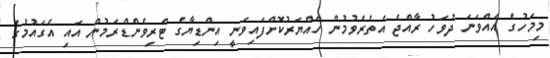
މިމަހުގެ އެއްވަނަ ދުވަހު ރާއްޖެ އެތެރެވުމުން ހައްޔަރުކޮށްފައިވަނީ އިންޑިޔާގެ ޓްރިވެންޑްރަމުން އައި އެގައުމުގެ